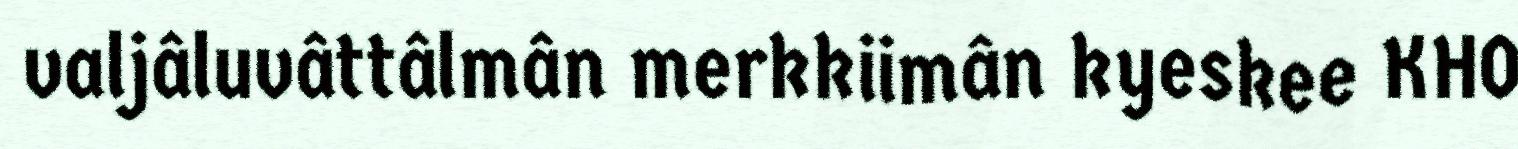
valjâluvâttâlmân merkkiimân kyeskee KHO